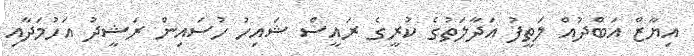
އިޔާޒް އަބްދުއް ލަތީފު އަދާލަތުގެ ކުރީގެ ރައީސް ޝައިހު ހުސައިން ރަޝީދު އަހުމަދާއި